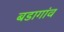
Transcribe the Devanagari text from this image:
बडागांव